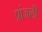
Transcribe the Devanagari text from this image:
प्रांजली